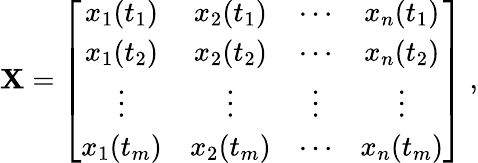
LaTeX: {\mathbf X}=\left[\begin{array}{cccc}{x_{1}(t_{1})}&{x_{2}(t_{1})}&{\cdots}&{x_{n}(t_{1})}\\ {x_{1}(t_{2})}&{x_{2}(t_{2})}&{\cdots}&{x_{n}(t_{2})}\\ {\vdots}&{\vdots}&{\vdots}&{\vdots}\\ {x_{1}(t_{m})}&{x_{2}(t_{m})}&{\cdots}&{x_{n}(t_{m})}\end{array}\right]\; ,